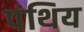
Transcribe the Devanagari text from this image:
पंथिय